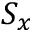
S _ { x }